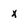
Character: x